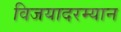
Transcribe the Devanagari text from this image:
विजयादरम्यान